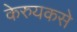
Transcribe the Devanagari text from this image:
केरुयकसे